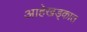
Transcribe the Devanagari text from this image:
आहेखड्कात